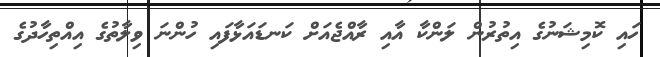
ހައި ކޮމިޝަނުގެ އިތުރުން ލަންކާ އާއި ރާއްޖެއަށް ކަނޑައަޅާފައި ހުންނަ ވިލާތުގެ އިއްތިހާދުގެ